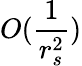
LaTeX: O(\frac{1}{r_{s}^{2}})